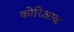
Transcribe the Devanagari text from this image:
कोरिआक